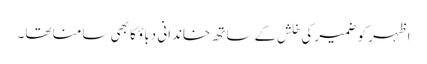
اظہر کو ضمیر کی خلش کے ساتھ خاندانی دباؤ کا بھی سامنا تھا۔